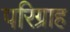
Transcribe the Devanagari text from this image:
परिग्राह